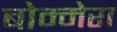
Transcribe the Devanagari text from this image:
बोम्मेरा